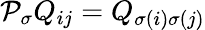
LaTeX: \mathcal{P}_{\sigma}Q_{ij}=Q_{\sigma(i)\sigma(j)}